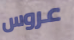
عروس